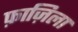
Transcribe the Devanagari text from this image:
फ़ाज़िला